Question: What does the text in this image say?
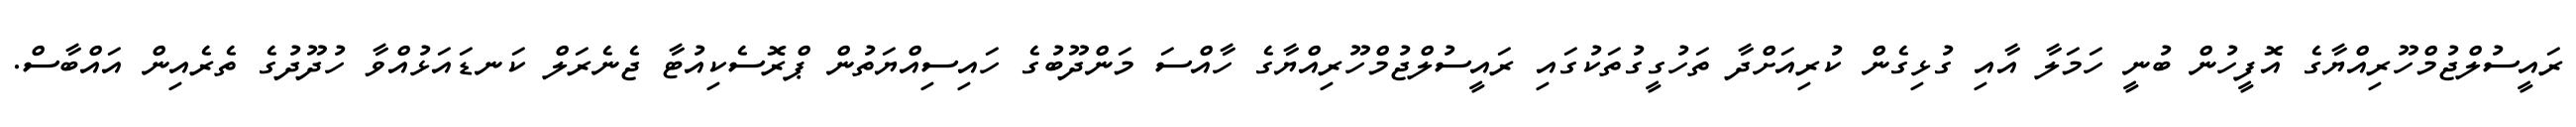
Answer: ރައީސުލްޖުމްހޫރިއްޔާގެ އޮފީހުން ބުނީ ހަމަލާ އާއި ގުޅިގެން ކުރިއަށްދާ ތަހުގީގުތަކުގައި ރައީސުލްޖުމްހޫރިއްޔާގެ ހާއްސަ މަންދޫބުގެ ހައިސިއްޔަތުން ޕްރޮސެކިއުޓާ ޖެނެރަލް ކަނޑައަޅުއްވާ ހުދޫދުގެ ތެރެއިން އައްބާސް.